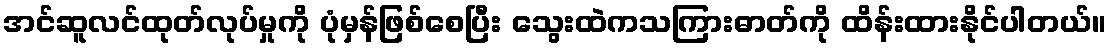
အင်ဆူလင်ထုတ်လုပ်မှုကို ပုံမှန်ဖြစ်စေပြီး သွေးထဲကသကြားဓာတ်ကို ထိန်းထားနိုင်ပါတယ်။